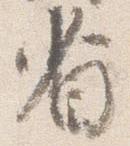
省